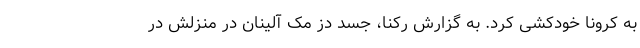
به کرونا خودکشی کرد. به گزارش رکنا، جسد دز مک آلینان در منزلش در